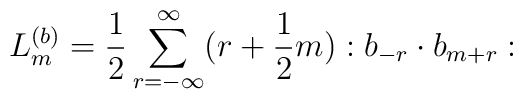
L_m^{(b)}=\frac{1}{2}\sum_{r=-\infty}^{\infty}(r+\frac{1}{2}m) :b_{-r}\cdot b_{m+r}: